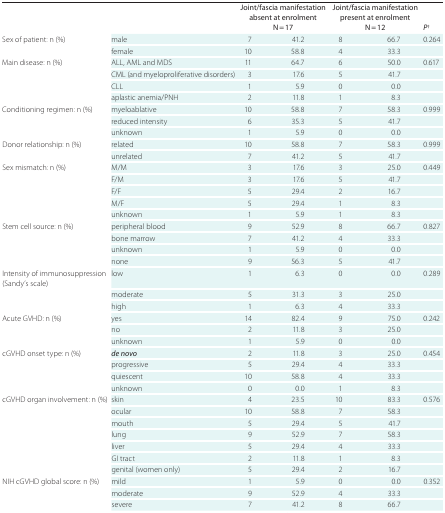
<table><thead><tr><td></td><td></td><td colspan="2"><b>Joint/fascia manifestation absent at enrolment N = 17</b></td><td colspan="2"><b>Joint/fascia manifestation present at enrolment N = 12</b></td><td><b><i>P<sup>†</sup></i></b></td></tr></thead><tbody><tr><td rowspan="2">Sex of patient: n (%)</td><td>male</td><td>7</td><td>41.2</td><td>8</td><td>66.7</td><td rowspan="2">0.264</td></tr><tr><td>female</td><td>10</td><td>58.8</td><td>4</td><td>33.3</td></tr><tr><td rowspan="4">Main disease: n (%)</td><td>ALL, AML and MDS</td><td>11</td><td>64.7</td><td>6</td><td>50.0</td><td rowspan="4">0.617</td></tr><tr><td>CML (and myeloproliferative disorders)</td><td>3</td><td>17.6</td><td>5</td><td>41.7</td></tr><tr><td>CLL</td><td>1</td><td>5.9</td><td>0</td><td>0.0</td></tr><tr><td>aplastic anemia/PNH</td><td>2</td><td>11.8</td><td>1</td><td>8.3</td></tr><tr><td rowspan="3">Conditioning regimen: n (%)</td><td>myeloablative</td><td>10</td><td>58.8</td><td>7</td><td>58.3</td><td rowspan="3">0.999</td></tr><tr><td>reduced intensity</td><td>6</td><td>35.3</td><td>5</td><td>41.7</td></tr><tr><td>unknown</td><td>1</td><td>5.9</td><td>0</td><td>0.0</td></tr><tr><td rowspan="2">Donor relationship: n (%)</td><td>related</td><td>10</td><td>58.8</td><td>7</td><td>58.3</td><td rowspan="2">0.999</td></tr><tr><td>unrelated</td><td>7</td><td>41.2</td><td>5</td><td>41.7</td></tr><tr><td rowspan="5">Sex mismatch: n (%)</td><td>M/M</td><td>3</td><td>17.6</td><td>3</td><td>25.0</td><td rowspan="5">0.449</td></tr><tr><td>F/M</td><td>3</td><td>17.6</td><td>5</td><td>41.7</td></tr><tr><td>F/F</td><td>5</td><td>29.4</td><td>2</td><td>16.7</td></tr><tr><td>M/F</td><td>5</td><td>29.4</td><td>1</td><td>8.3</td></tr><tr><td>unknown</td><td>1</td><td>5.9</td><td>1</td><td>8.3</td></tr><tr><td rowspan="4">Stem cell source: n (%)</td><td>peripheral blood</td><td>9</td><td>52.9</td><td>8</td><td>66.7</td><td rowspan="3">0.827</td></tr><tr><td>bone marrow</td><td>7</td><td>41.2</td><td>4</td><td>33.3</td></tr><tr><td>unknown</td><td>1</td><td>5.9</td><td>0</td><td>0.0</td></tr><tr><td>none</td><td>9</td><td>56.3</td><td>5</td><td>41.7</td><td></td></tr><tr><td>Intensity of immunosuppression (Sandy&#x27;s scale)</td><td>low</td><td>1</td><td>6.3</td><td>0</td><td>0.0</td><td>0.289</td></tr><tr><td></td><td>moderate</td><td>5</td><td>31.3</td><td>3</td><td>25.0</td><td></td></tr><tr><td></td><td>high</td><td>1</td><td>6.3</td><td>4</td><td>33.3</td><td></td></tr><tr><td rowspan="3">Acute GVHD: n (%)</td><td>yes</td><td>14</td><td>82.4</td><td>9</td><td>75.0</td><td rowspan="3">0.242</td></tr><tr><td>no</td><td>2</td><td>11.8</td><td>3</td><td>25.0</td></tr><tr><td>unknown</td><td>1</td><td>5.9</td><td>0</td><td>0.0</td></tr><tr><td rowspan="4">cGVHD onset type: n (%)</td><td><i>de novo</i></td><td>2</td><td>11.8</td><td>3</td><td>25.0</td><td rowspan="4">0.454</td></tr><tr><td>progressive</td><td>5</td><td>29.4</td><td>4</td><td>33.3</td></tr><tr><td>quiescent</td><td>10</td><td>58.8</td><td>4</td><td>33.3</td></tr><tr><td>unknown</td><td>0</td><td>0.0</td><td>1</td><td>8.3</td></tr><tr><td rowspan="7">cGVHD organ involvement: n (%)</td><td>skin</td><td>4</td><td>23.5</td><td>10</td><td>83.3</td><td rowspan="7">0.576</td></tr><tr><td>ocular</td><td>10</td><td>58.8</td><td>7</td><td>58.3</td></tr><tr><td>mouth</td><td>5</td><td>29.4</td><td>5</td><td>41.7</td></tr><tr><td>lung</td><td>9</td><td>52.9</td><td>7</td><td>58.3</td></tr><tr><td>liver</td><td>5</td><td>29.4</td><td>4</td><td>33.3</td></tr><tr><td>GI tract</td><td>2</td><td>11.8</td><td>1</td><td>8.3</td></tr><tr><td>genital (women only)</td><td>5</td><td>29.4</td><td>2</td><td>16.7</td></tr><tr><td rowspan="3">NIH cGVHD global score: n (%)</td><td>mild</td><td>1</td><td>5.9</td><td>0</td><td>0.0</td><td rowspan="3">0.352</td></tr><tr><td>moderate</td><td>9</td><td>52.9</td><td>4</td><td>33.3</td></tr><tr><td>severe</td><td>7</td><td>41.2</td><td>8</td><td>66.7</td></tr></tbody></table>